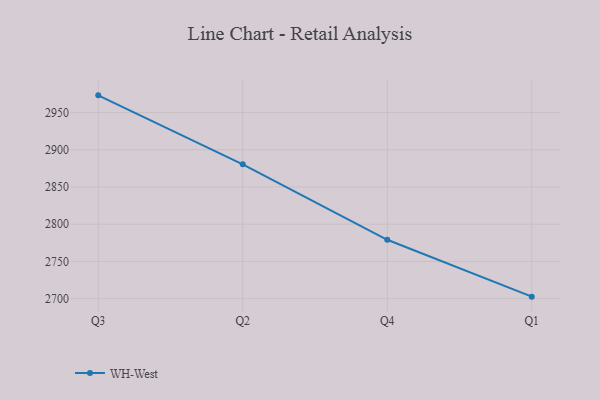
{"axis": {"x": "Quarter", "y": "Website Visitors"}, "legend": ["WH-West"], "data": [{"x": "Q3", "y": 2973.1, "type": "WH-West"}, {"x": "Q2", "y": 2880.4, "type": "WH-West"}, {"x": "Q4", "y": 2779.1, "type": "WH-West"}, {"x": "Q1", "y": 2702.7, "type": "WH-West"}]}